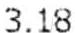
3.18